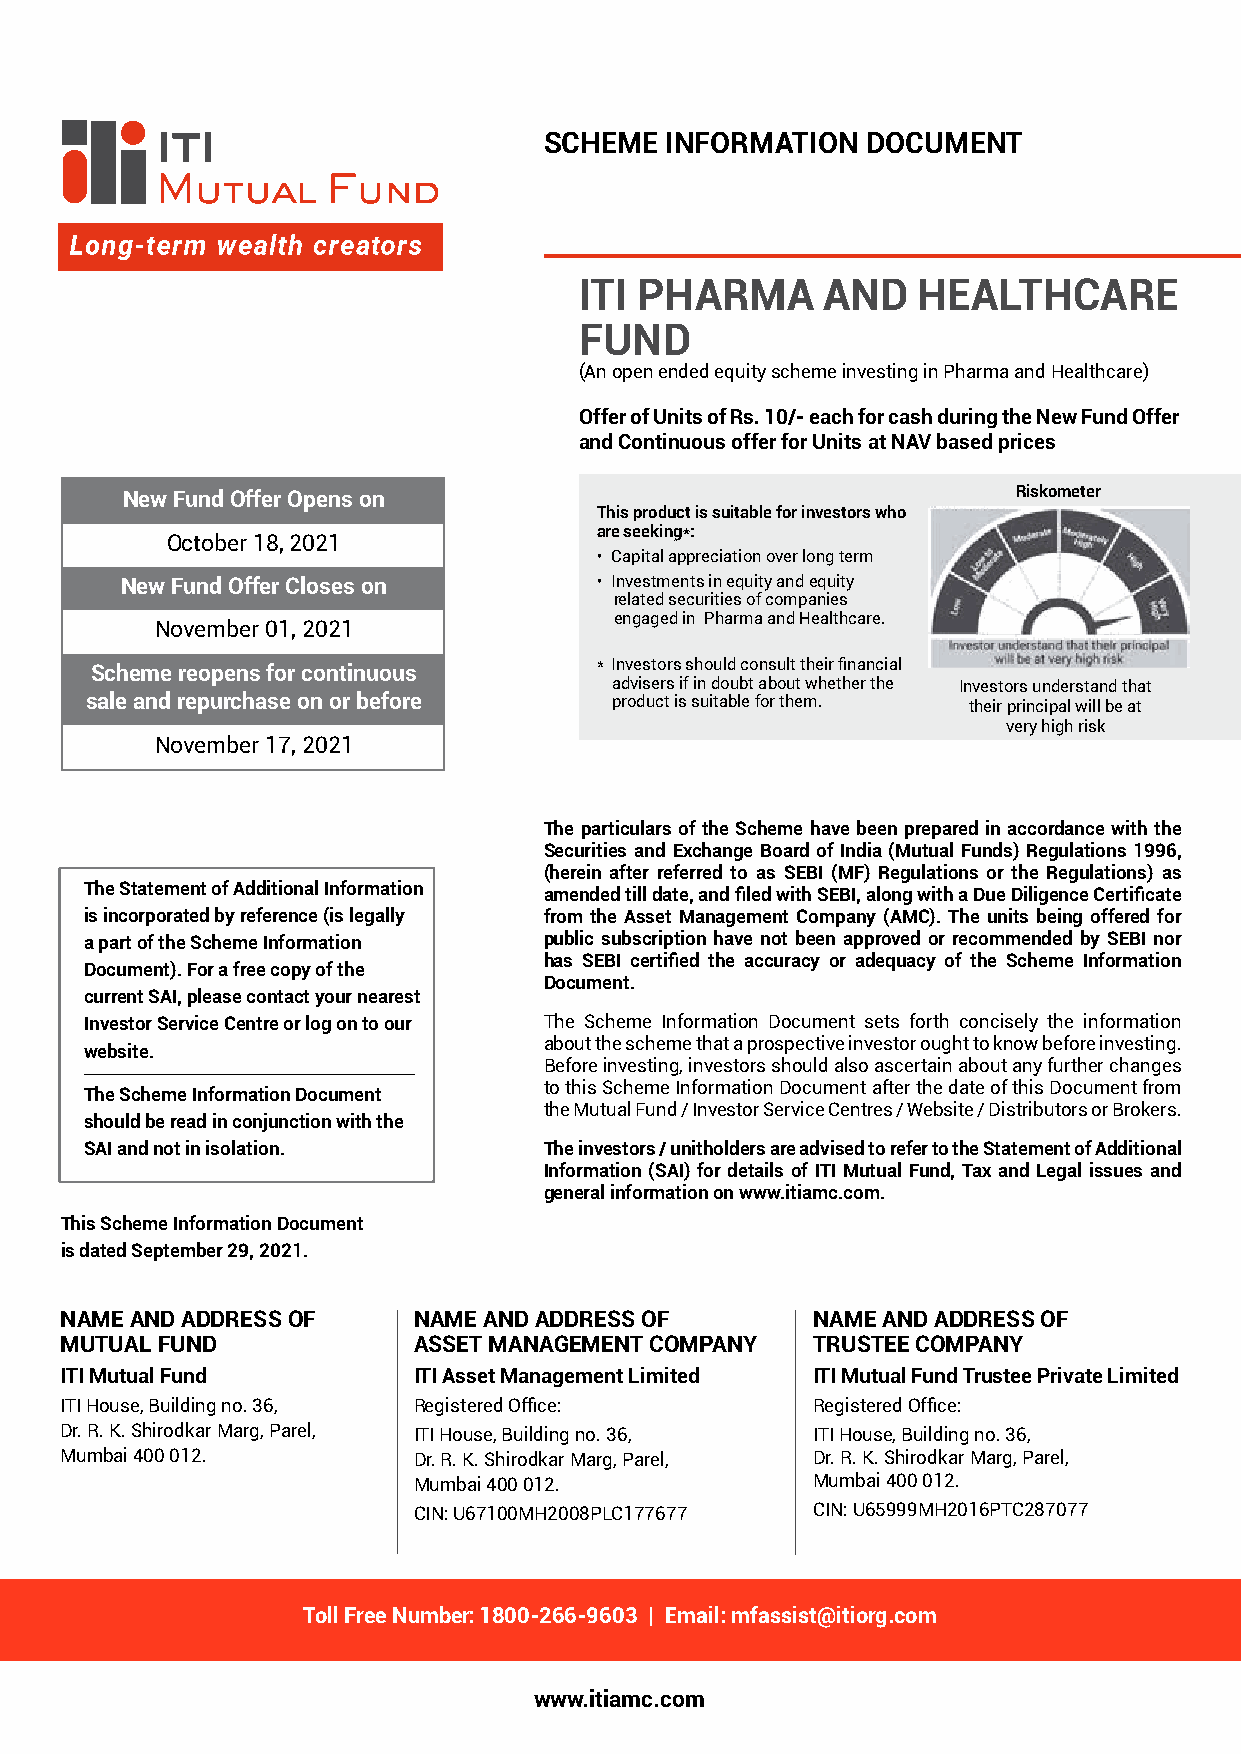
SCHEME  INFORMATION  DOCUMENT
 ITI PHARMA      AND    HEALTHCARE
 FUND
 (An open ended equity scheme investing in Pharma and Healthcare)
 Offer of Units of Rs. 10/- each for cash during the New Fund Offer
 and Continuous offer for Units at NAV based prices
 New Fund Offer Opens on                                    Riskometer
 This product is suitable for investors who
 are seeking*:
 October 18, 2021
 • Capital appreciation over long term
 New Fund Offer Closes on       • Investments in equity and equity
 related securities of companies
 engaged in Pharma and Healthcare.
 November 01, 2021
 * Investors should consult their financial
 Scheme reopens for continuous
 advisers if in doubt about whether the Investors understand that
 sale and repurchase on or before  product is suitable for them. their principal will be at
 very high risk
 November 17, 2021
 The particulars of the Scheme have been prepared in accordance with the
 Securities and Exchange Board of India (Mutual Funds) Regulations 1996,
 (herein after referred to as SEBI (MF) Regulations or the Regulations) as
 The Statement of Additional Information amended till date, and filed with SEBI, along with a Due Diligence Certificate
 is incorporated by reference (is legally from the Asset Management Company (AMC). The units being offered for
 a part of the Scheme Information public subscription have not been approved or recommended by SEBI nor
 has SEBI certified the accuracy or adequacy of the Scheme Information
 Document). For a free copy of the
 Document.
 current SAI, please contact your nearest
 Investor Service Centre or log on to our The Scheme Information Document sets forth concisely the information
 about the scheme that a prospective investor ought to know before investing.
 website.
 Before investing, investors should also ascertain about any further changes
 to this Scheme Information Document after the date of this Document from
 The Scheme Information Document
 the Mutual Fund / Investor Service Centres / Website / Distributors or Brokers.
 should be read in conjunction with the
 SAI and not in isolation.     The investors / unitholders are advised to refer to the Statement of Additional
 Information (SAI) for details of ITI Mutual Fund, Tax and Legal issues and
 general information on www.itiamc.com.
 This Scheme Information Document
 is dated September 29, 2021.
 NAME AND ADDRESS OF    NAME AND ADDRESS OF        NAME AND ADDRESS OF
 MUTUAL FUND            ASSET MANAgEMENT COMPANy   TRUSTEE COMPANy
 ITI Mutual Fund        ITI Asset Management Limited ITI Mutual Fund Trustee Private Limited
 ITI House, Building no. 36, Registered Office:    Registered Office:
 Dr. R. K. Shirodkar Marg, Parel, ITI House, Building no. 36, ITI House, Building no. 36,
 Mumbai 400 012.        Dr. R. K. Shirodkar Marg, Parel, Dr. R. K. Shirodkar Marg, Parel,
 Mumbai 400 012.            Mumbai 400 012.
 CIN: U67100MH2008PLC177677 CIN: U65999MH2016PTC287077
 Toll Free Number: 1800-266-9603 | Email: mfassist@itiorg.com
 www.itiamc.com